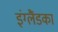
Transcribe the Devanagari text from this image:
इंग्लैंडका